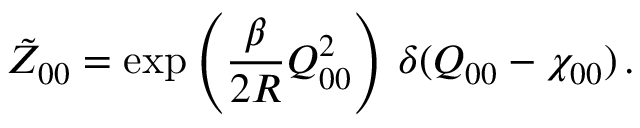
\tilde { Z } _ { 0 0 } = \exp \left( \frac { \beta } { 2 R } { \cal Q } _ { 0 0 } ^ { 2 } \right) \, \delta ( { \cal Q } _ { 0 0 } - \chi _ { 0 0 } ) \, .